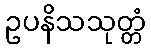
ဥပနိသသုတ္တံ